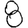
Digit: 8